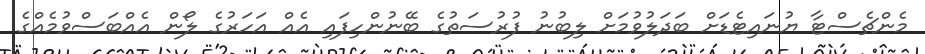
މެންޗެސްޓާ ޔުނައިޓެޑަށް ބަދަލުވުމަށް ލިބުނު ފުރުސަތުގެ ބޭނުންހިފައި އެއް އަހަރުގެ ލޯން އެއްބަސްވުމެއްގެ